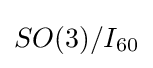
SO(3)/I_{60}